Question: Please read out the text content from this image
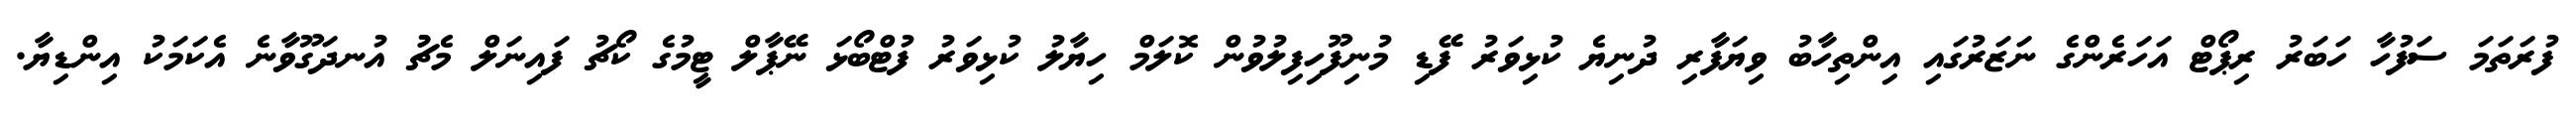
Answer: ފުރަތަމަ ސަފުހާ ހަބަރު ރިޕޯޓް އަހަރެންގެ ނަޒަރުގައި އިންތިހާބު ވިޔަފާރި ދުނިޔެ ކުޅިވަރު ފޭޑި މުނިފޫހިފިލުވުން ކޮލަމް ހިޔާލު ކުޅިވަރު ފުޓްބޯޅަ ނޭޕާލް ޓީމުގެ ކޯޗު ފައިނަލް މެޗުު އުނދަގޫވާނެ އެކަމަކު އިންޑިޔާ.